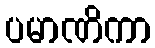
ပမာဏိကာ